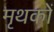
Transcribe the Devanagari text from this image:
मृथकों